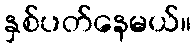
နှစ်ပတ်နေမယ်။